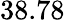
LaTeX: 38.78